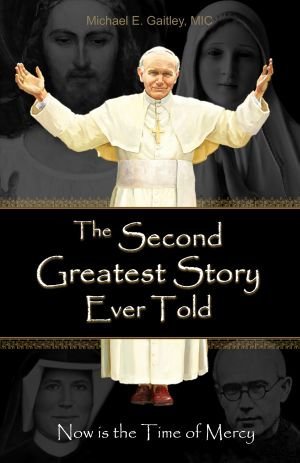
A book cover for The Second Greatest Story Ever Told: Now Is the Time of Mercy; Gaitley E. Michael; Christian Books & Bibles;